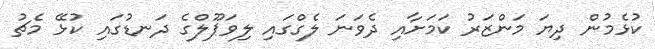
ކުޅެމުން ދިޔަ މަންޒަރު ކަމަށާއި ދެވަނަ ލެގްގައި ލިވަޕޫލްގެ ދަނޑުގައި ކުޅޭ މެޗު